画像に写った文字を読んでください
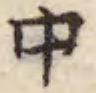
「中」と書いてあります